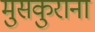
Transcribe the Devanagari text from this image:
मुसकुराना